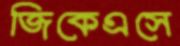
জিকেএসে